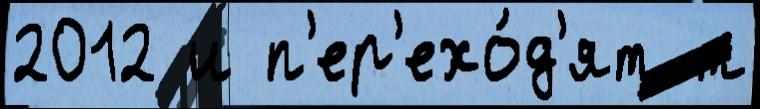
2012 и п'ер'ехо́д'ят т